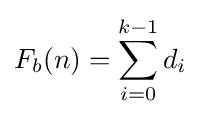
F_{b}(n)=\sum _{i=0}^{k-1}d_{i}